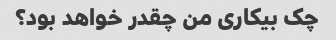
چک بیکاری من چقدر خواهد بود؟